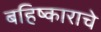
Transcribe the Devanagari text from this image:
बहिष्काराचे